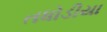
તધોડીયા